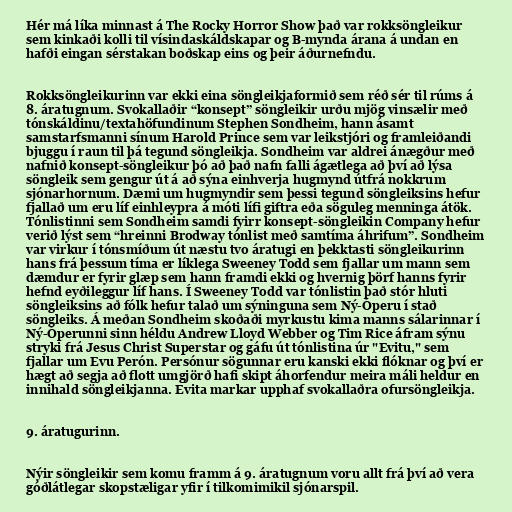
Hér má líka minnast á The Rocky Horror Show það var rokksöngleikur
sem kinkaði kolli til vísindaskáldskapar og B-mynda árana á undan en
hafði eingan sérstakan boðskap eins og þeir áðurnefndu.

Rokksöngleikurinn var ekki eina söngleikjaformið sem réð sér til rúms á
8. áratugnum. Svokallaðir “konsept” söngleikir urðu mjög vinsælir með
tónskáldinu/textahöfundinum Stephen Sondheim, hann ásamt
samstarfsmanni sínum Harold Prince sem var leikstjóri og framleiðandi
bjuggu í raun til þá tegund söngleikja. Sondheim var aldrei ánægður með
nafnið konsept-söngleikur þó að það nafn falli ágætlega að því að lýsa
söngleik sem gengur út á að sýna einhverja hugmynd útfrá nokkrum
sjónarhornum. Dæmi um hugmyndir sem þessi tegund söngleiksins hefur
fjallað um eru líf einhleypra á móti lífi giftra eða söguleg menninga átök.
Tónlistinni sem Sondheim samdi fyirr konsept-söngleikin Company hefur
verið lýst sem “hreinni Brodway tónlist með samtíma áhrifum”. Sondheim
var virkur í tónsmíðum út næstu tvo áratugi en þekktasti söngleikurinn
hans frá þessum tíma er líklega Sweeney Todd sem fjallar um mann sem
dæmdur er fyrir glæp sem hann framdi ekki og hvernig þörf hanns fyrir
hefnd eyðileggur líf hans. Í Sweeney Todd var tónlistin það stór hluti
söngleiksins að fólk hefur talað um sýninguna sem Ný-Óperu í stað
söngleiks. Á meðan Sondheim skoðaði myrkustu kima manns sálarinnar í
Ný-Óperunni sinn héldu Andrew Lloyd Webber og Tim Rice áfram sýnu
stryki frá Jesus Christ Superstar og gáfu út tónlistina úr "Evitu," sem
fjallar um Evu Perón. Persónur sögunnar eru kanski ekki flóknar og því er
hægt að segja að flott umgjörð hafi skipt áhorfendur meira máli heldur en
innihald söngleikjanna. Evita markar upphaf svokallaðra ofursöngleikja.

9. áratugurinn.

Nýir söngleikir sem komu framm á 9. áratugnum voru allt frá því að vera
góðlátlegar skopstæligar yfir í tilkomimikil sjónarspil.